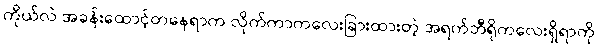
ကိုယ်လဲ အခန်းထောင့်တနေရာက လိုက်ကာကလေးခြားထားတဲ့ အရက်ဘီရိုကလေးရှိရာကို